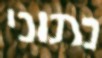
נתוני